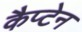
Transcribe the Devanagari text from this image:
कैप्‍टेन